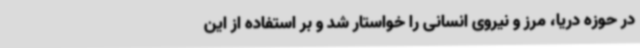
در حوزه دریا، مرز و نیروی انسانی را خواستار شد و بر استفاده از این